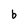
Character: b